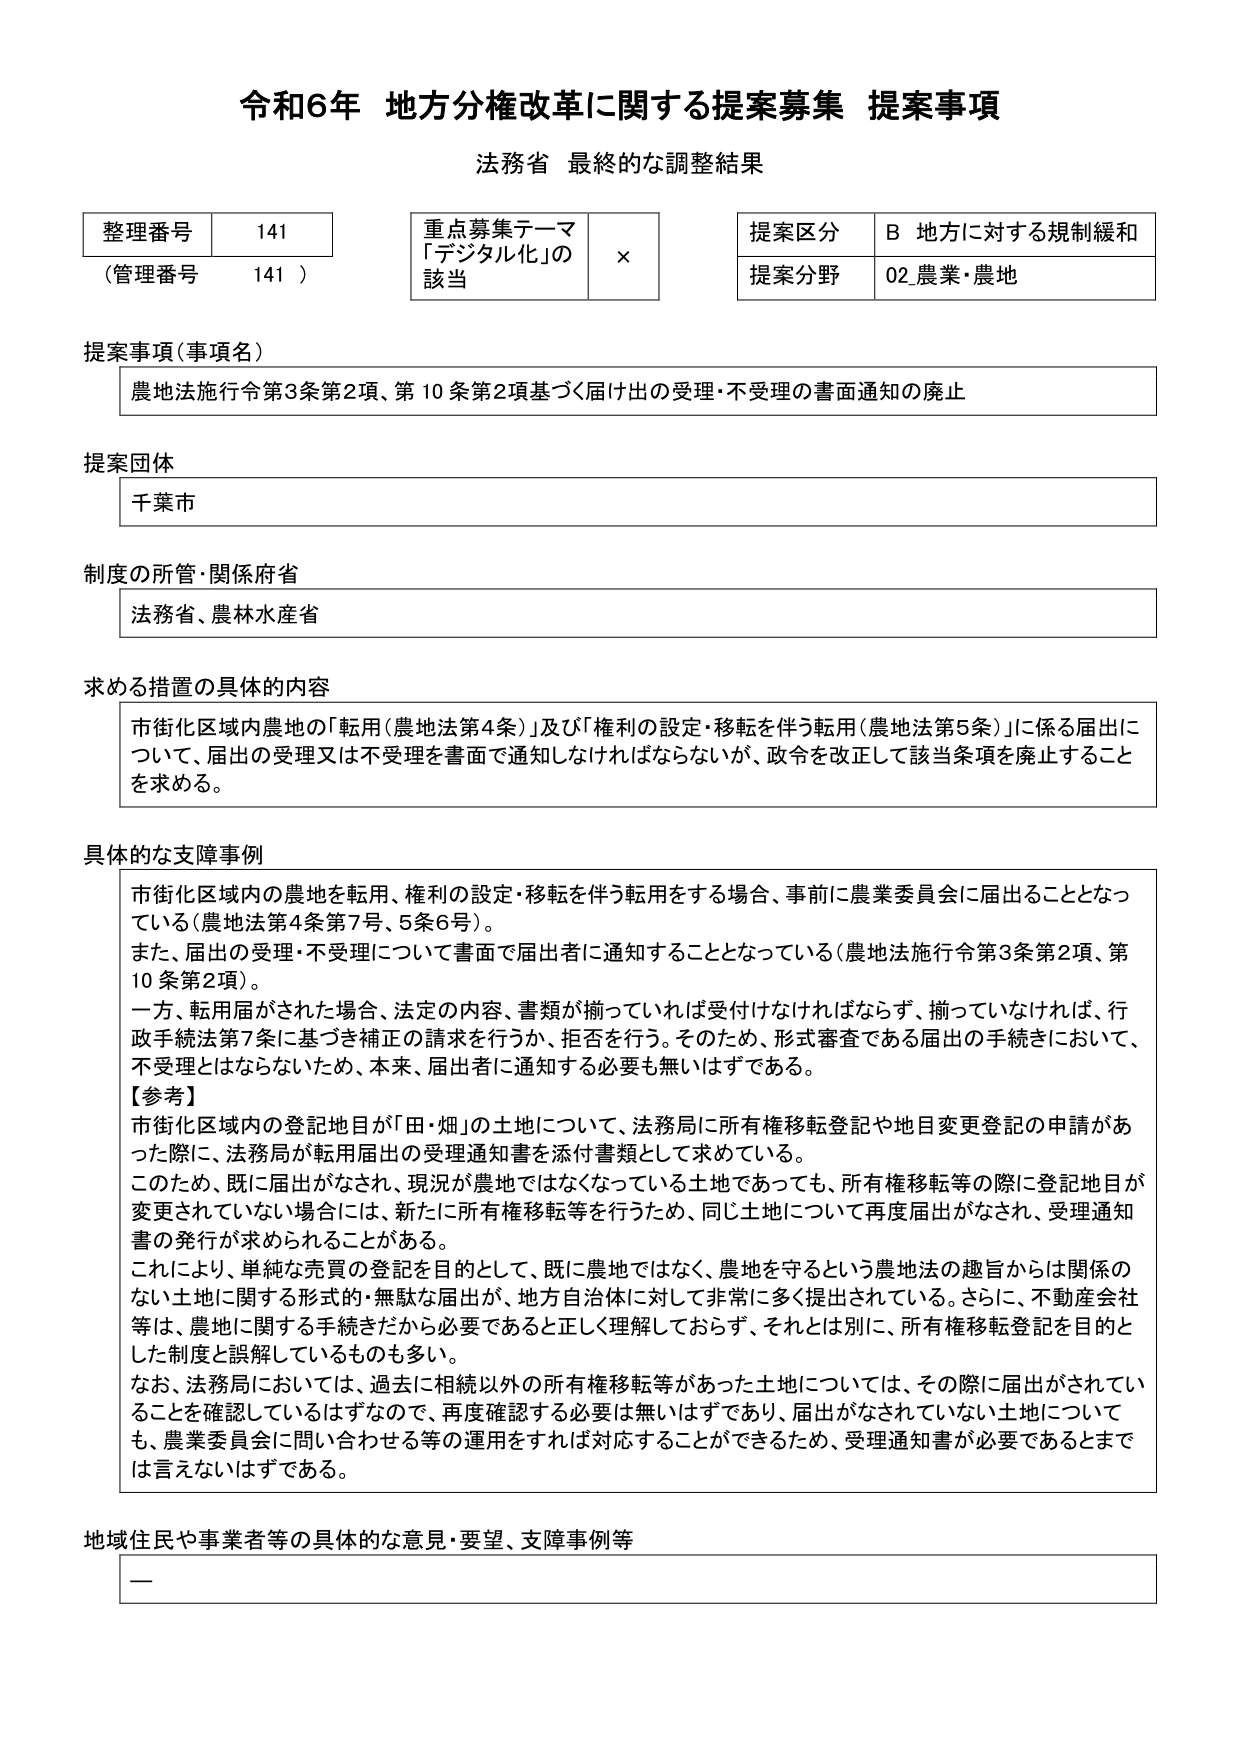
令和6年 地方分権改革に関する提案募集 提案事項
法務省 最終的な調整結果

整理番号 141
（管理番号 141）

重点募集テーマ
「デジタル化」の
該当 ×

提案区分 B 地方に対する規制緩和
提案分野 02 農業・農地

提案事項（事項名）
農地法施行令第3条第2項、第10条第2項に基づく届け出の受理・不受理の書面通知の廃止

提案団体
千葉市

制度の所管・関係府省
法務省、農林水産省

求める措置の具体的内容
市街化区域内農地の「転用（農地法第4条）」及び「権利の設定・移転を伴う転用（農地法第5条）」に係る届出について、届出の受理又は不受理を書面で通知しなければならないが、政令を改正して該当条項を廃止することを求める。

具体的な支障事例
市街化区域内の農地を転用、権利の設定・移転を伴う転用をする場合、事前に農業委員会に届出ることとなっている（農地法第4条第7号、5条6号）。
また、届出の受理・不受理について書面で届出者に通知することとなっている（農地法施行令第3条第2項、第10条第2項）。
一方、転用届がされた場合、法定の内容、書類が揃っていれば受付けなければならないず、揃っていなければ、行政手続法第7条に基づき補正の請求を行うか、拒否を行う。そのため、形式審査である届出の手続きにおいて、不受理とはならないため、本来、届出者に通知する必要も無いはずである。
【参考】
市街化区域内の登記地目が「田・畑」の土地について、法務局に所有権移転登記や地目変更登記の申請があった際に、法務局が転用届出の受理通知書を添付書類として求めている。
このため、既に届出がなされ、現況が農地ではなくなっている土地であっても、所有権移転等の際に登記地目が変更されていない場合には、新たに所有権移転等を行うため、同じ土地について再度届出がなされ、受理通知書の発行が求められることがある。
これにより、単純な売買の登記を目的として、既に農地ではなく、農地を守るという農地法の趣旨からは関係のない土地に関する形式的・無駄な届出が、地方自治体に対して非常に多く提出されている。さらに、不動産会社等は、農地に関する手続きだから必要であると正しく理解しておらず、それとは別に、所有権移転登記を目的とした制度と誤解しているものも多い。
なお、法務局においては、過去に相続以外の所有権移転等があった土地については、その際に届出がされていることを確認しているはずなので、再度確認する必要は無いはずであり、届出がなされていない土地についても、農業委員会に問い合わせる等の運用をすれば対応することができるため、受理通知書が必要であるとまでは言えないはずである。

地域住民や事業者等の具体的な意見・要望、支障事例等
ー